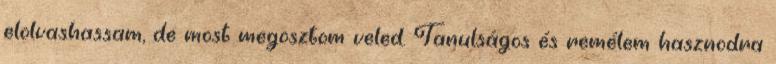
elolvashassam, de most megosztom veled. Tanulságos és remélem hasznodra